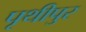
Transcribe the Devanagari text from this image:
पृथीपुर